Indian journal of veterinary science and animal husbandry - Volume 4,
Year: 1934
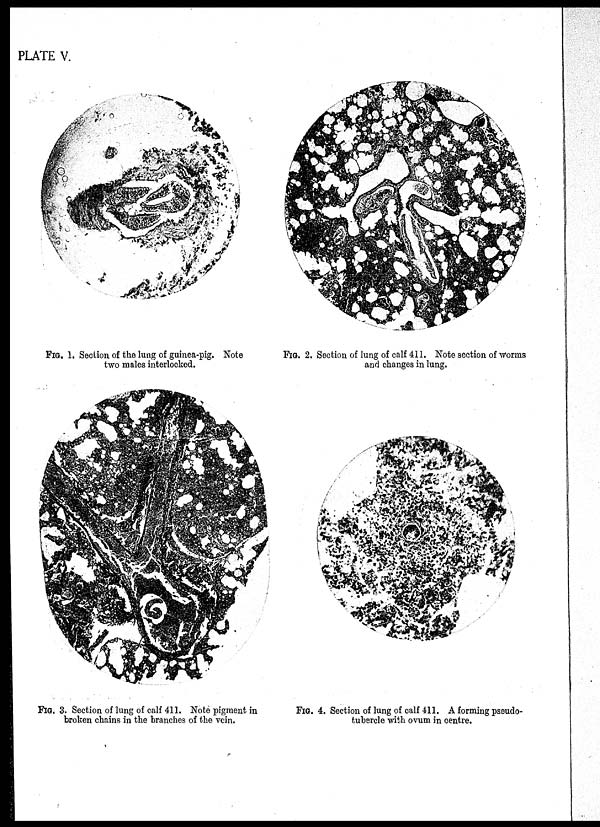
PLATE V.
FIG. 1. Section of the lung of guinea-pig. Note
two males interlocked.
FIG. 2. Section of lung of calf 411. Note section of worms
and changes in lung.
FIG. 3. Section of lung of calf 411. Note pigment in
broken chains in the branches of the vein.
FIG. 4. Section of lung of calf 411. A forming pseudo-
tubercle with ovum in centre.